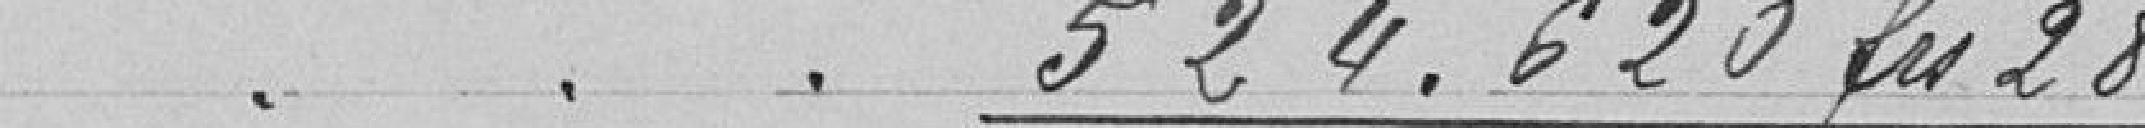
. . . 524.620 francs 28